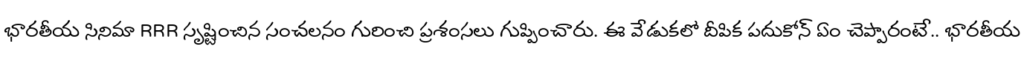
భారతీయ సినిమా RRR సృష్టించిన సంచలనం గురించి ప్రశంసలు గుప్పించారు. ఈ వేడుకలో దీపిక పదుకోన్ ఏం చెప్పారంటే.. భారతీయ